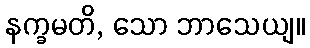
နက္ခမတိ, သော ဘာသေယျ။